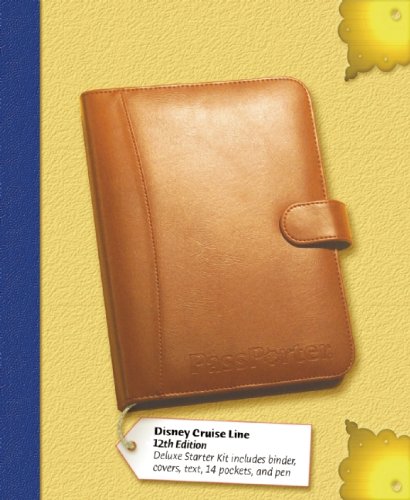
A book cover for PassPorter's Disney Cruise Line and Its Ports of Call Deluxe; Dave Marx; Travel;